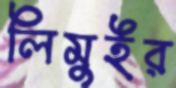
লিমুইর